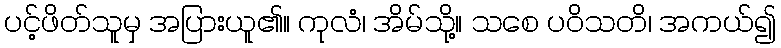
ပင့်ဖိတ်သူမှ အပြားယူ၏။ ကုလံ၊ အိမ်သို့။ သစေ ပဝိသတိ၊ အကယ်၍